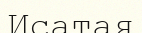
Исатая